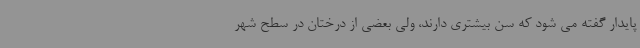
پایدار گفته می شود که سن بیشتری دارند، ولی بعضی از درختان در سطح شهر